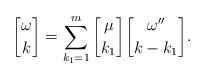
LaTeX: \begin{align*}{{\omega}\brack {k}} = \sum_{k_1=1}^{m} {{\mu}\brack {k_1}}{{\omega''}\brack {k-k_1}}.\end{align*}